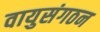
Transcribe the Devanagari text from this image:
वायुसंगठन